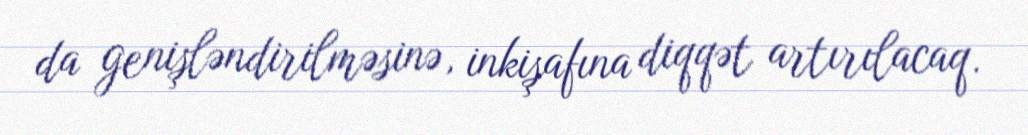
da genişləndirilməsinə, inkişafına diqqət artırılacaq.